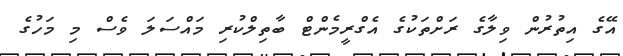
އޭގެ އިތުރުން ވިލާގެ ރަށްތަކުގެ އެގްރީމެންޓް ބާތިލްކުރި މައްސަލަ ވެސް މި މަހުގެ